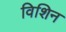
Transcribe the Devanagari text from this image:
विशिन